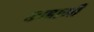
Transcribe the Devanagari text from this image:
काहाणी